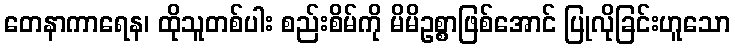
တေနာကာရေန၊ ထိုသူတစ်ပါး စည်းစိမ်ကို မိမိဥစ္စာဖြစ်အောင် ပြုလိုခြင်းဟူသော